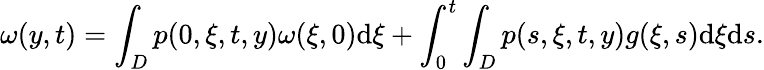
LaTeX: \omega(y,t)=\int_{D}p(0,\xi,t,y)\omega(\xi,0)\textrm{d}\xi+\int_{0}^{t}\int_{D}p(s,\xi,t,y)g(\xi,s)\textrm{d}\xi\textrm{d}s.